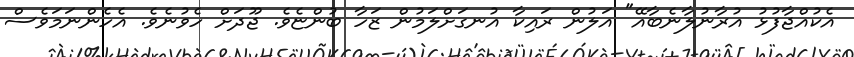
އެކުއްޖާފުޅު އުރާނުލާނެބާއޭ" އަލުން ރައިކާ އުނގަށްލަމުން ޒަހާ ބުންޏެވެ. ޖޫދަށް ހެވުނެވެ. އެހެންނަމަވެސް